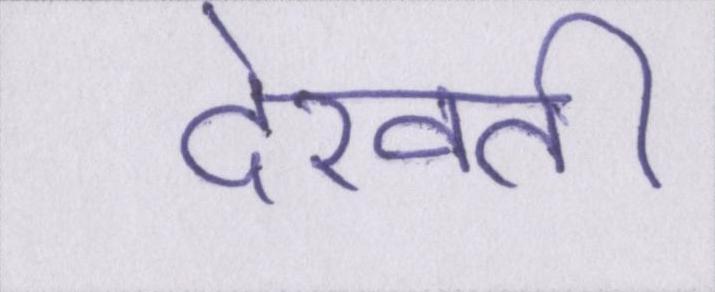
देखती